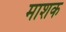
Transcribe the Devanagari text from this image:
माशक